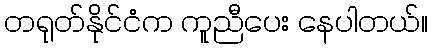
တရုတ်နိုင်ငံက ကူညီပေး နေပါတယ်။